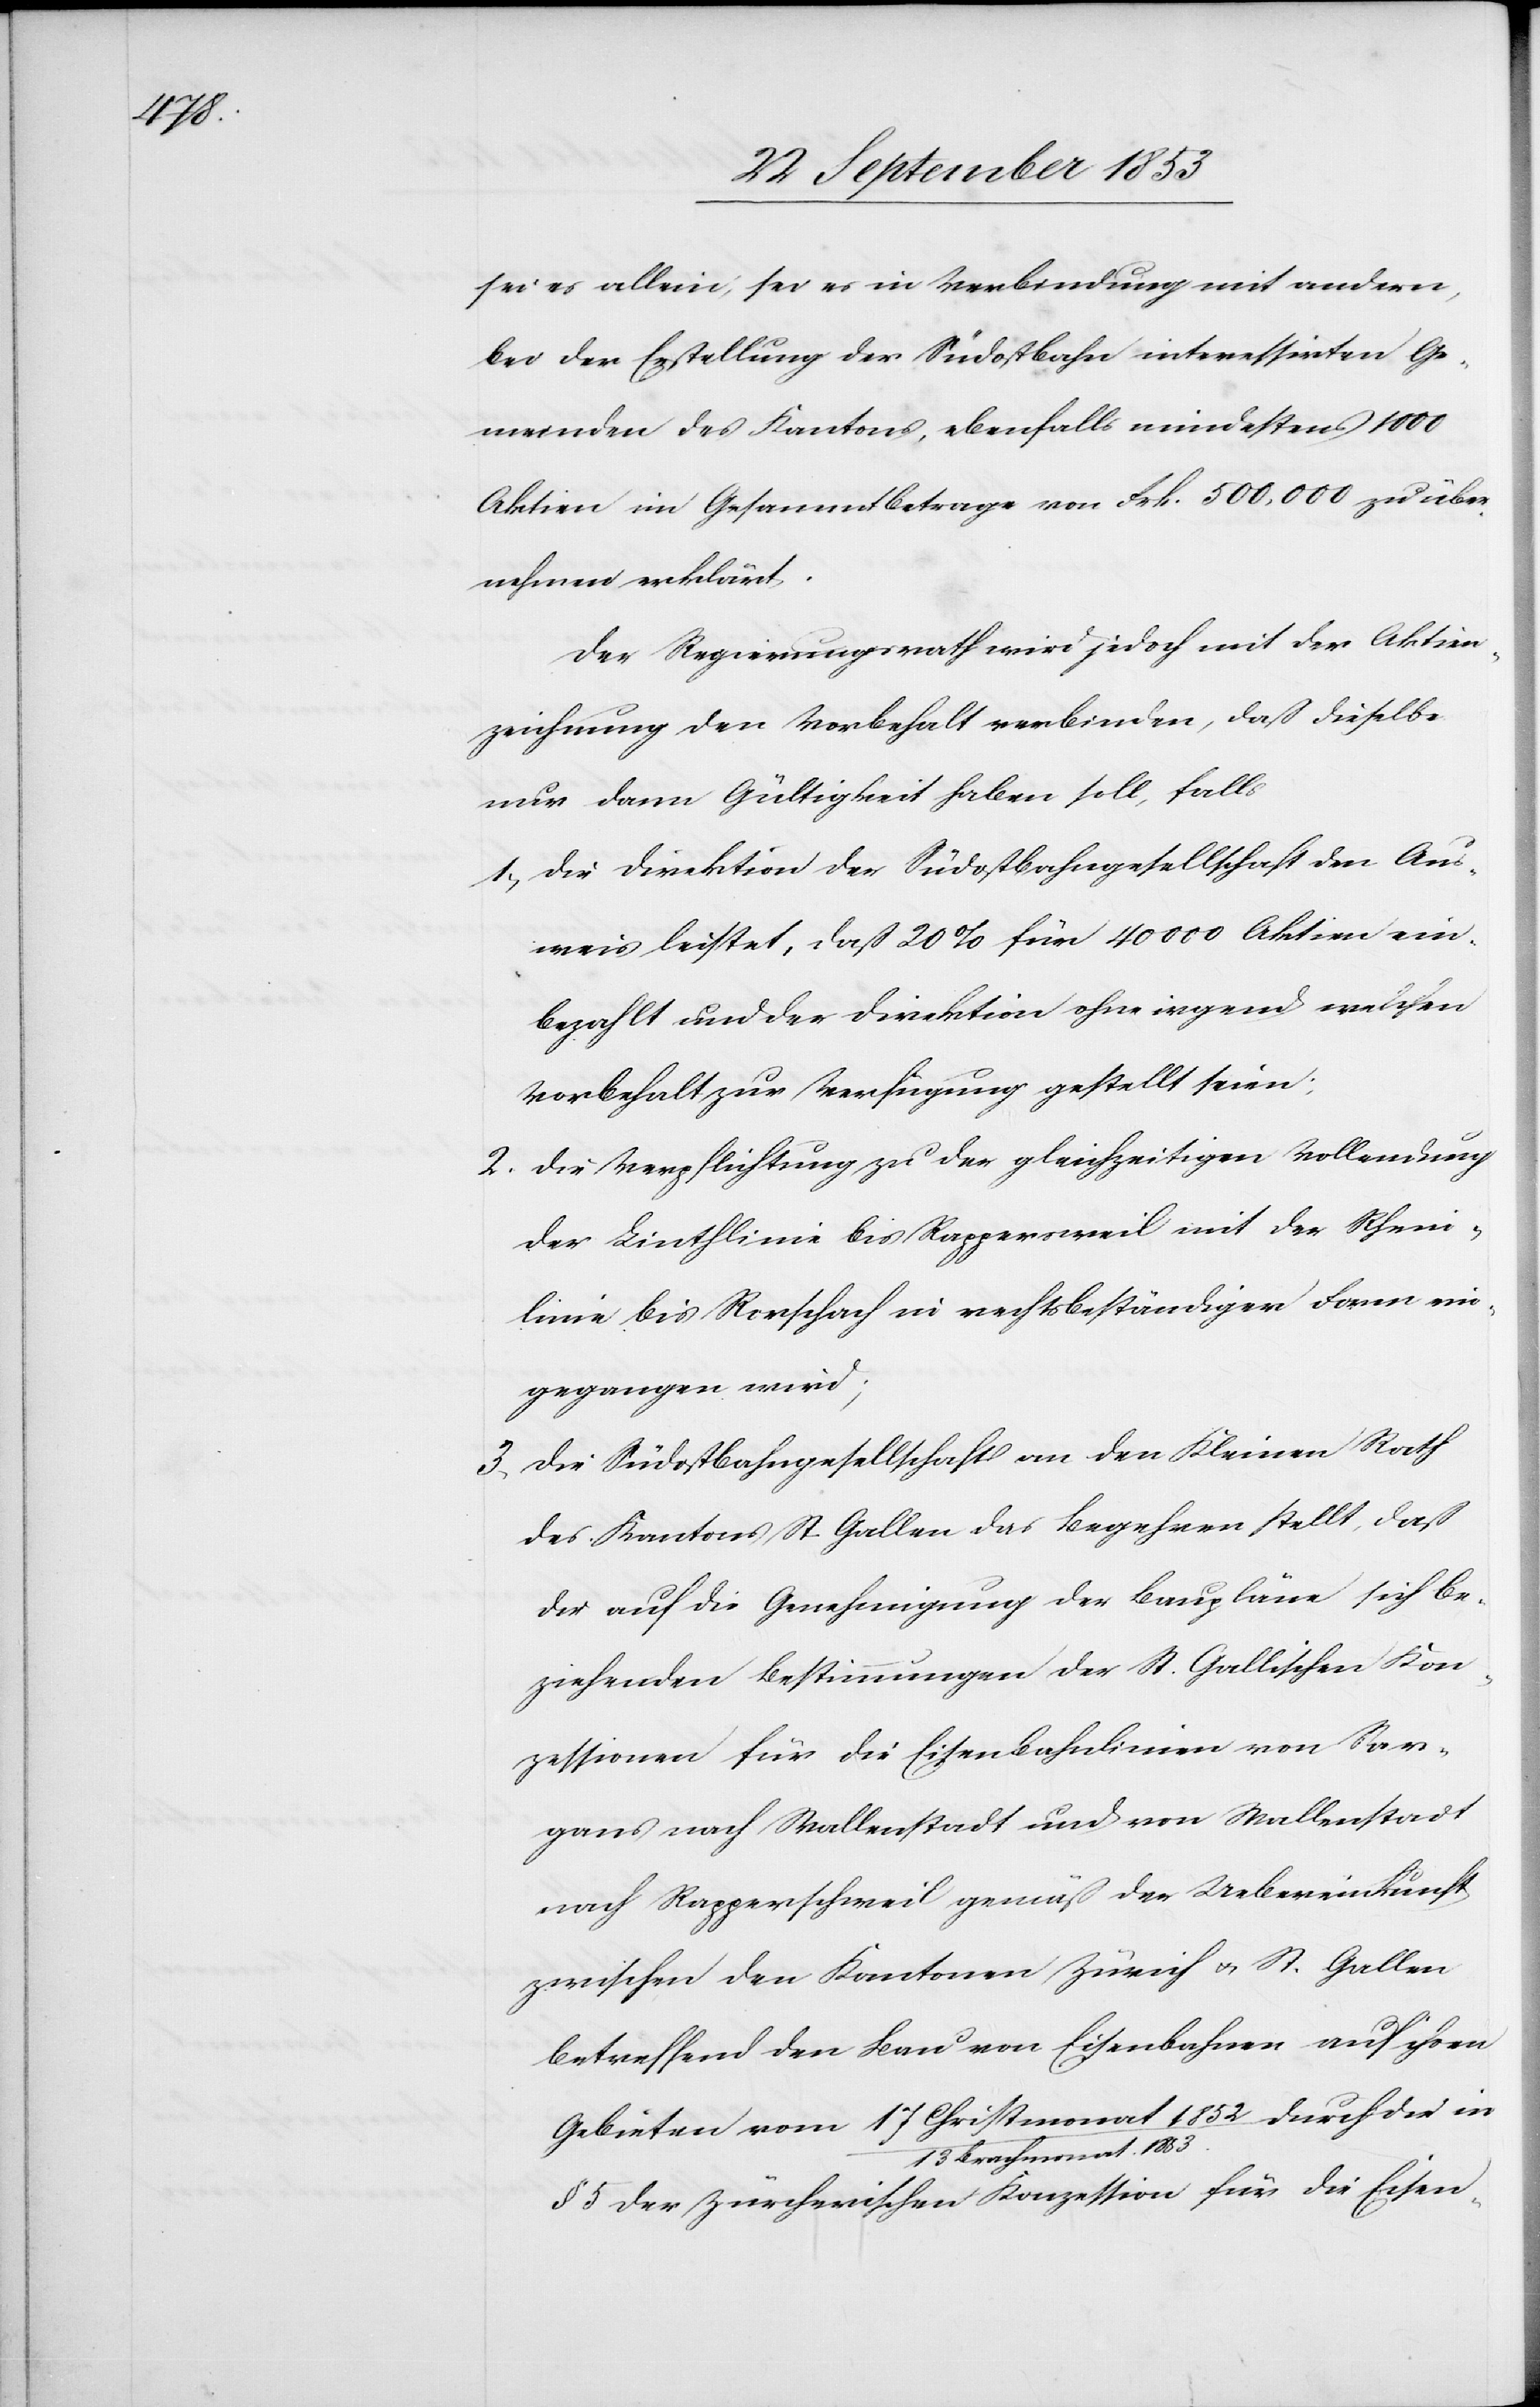
1853

sei es allein, sei es in Verbindung mit andern,
bei der Erstellung der Südostbahn interessirten Ge¬
meinden des Kantons, ebenfalls mindestens 1000
Aktiven im Gesammtbetrage von Frk. 500,000 zu über¬
nehmen erklärt.
Der Regierungsrath wird jedoch mit der Aktiven¬
zeichnung den Vorbehalt verbinden, daß dieselbe
nur dann Gültigkeit haben soll, falls
1, die Direktion der Südostbahngesellschaft den Aus¬
weis leistet, daß 20% für 40 000 Aktiven ein¬
bezahlt und der Direktion ohne irgend welchen
Vorbehalt zur Verfügung gestellt seien;
2, die Verpflichtung zu der gleichzeitigen Vollendung
der Linthlinie bis Rappersweil mit der Rhein¬
linie bis Rorschach in rechtsbeständiger Form ein¬
gegangen wird,
3, die Südostbahngesellschaft an den Kleinen Rath
des Kantons St. Gallen das Begehren stellt, daß
die auf die Genehmigung der Baupläne sich be¬
ziehenden Bestimmungen der St. Gallischen Kon¬
zessionen für die Eisenbahnlinien von Sar¬
gans nach Wallenstadt und von Wallenstadt
nach Rapperschweil gemäß der Uebereinkunft
zwischen den Kantonen Zürich u. St. Gallen
betreffend den Bau von Eisenbahnen auf ihren
Gebieten vom 17 Christmonat 1852/13 Brachmonat
§ 5 der Zürcherischen Konzession für die Eisen-